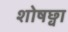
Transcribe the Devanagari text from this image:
शोषछ्वा